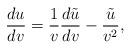
LaTeX: \begin{align*} \frac{du}{dv}=\frac{1}{v}\frac{d\tilde{u}}{dv}-\frac{\tilde{u}}{v^2},\end{align*}